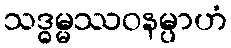
သဒ္ဓမ္မဿဝနမ္ပာဟံ